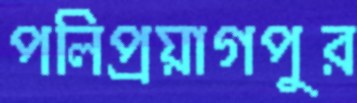
পলিপ্রয়াগপুর